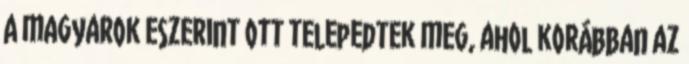
A magyarok eszerint ott telepedtek meg, ahol korábban az